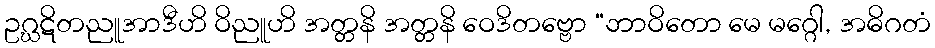
ဥဂ္ဃဋိတညူအာဒီဟိ ဝိညူဟိ အတ္တနိ အတ္တနိ ဝေဒိတဗ္ဗော “ဘာဝိတော မေ မဂ္ဂေါ, အဓိဂတံ